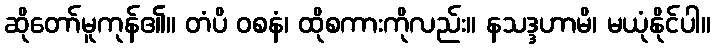
ဆိုတော်မူကုန်၏။ တံပိ ဝစနံ၊ ထိုစကားကိုလည်း။ နသဒ္ဒဟာမိ၊ မယုံနိုင်ပါ။